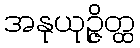
အနုယုဉ္ဇိတ္ထ